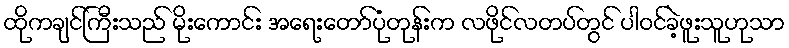
ထိုကချင်ကြီးသည် မိုးကောင်း အရေးတော်ပုံတုန်းက လဖိုင်လတပ်တွင် ပါဝင်ခဲ့ဖူးသူဟုသာ